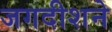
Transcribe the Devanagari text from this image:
जगदीशने